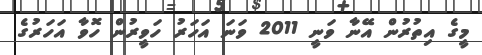
މީގެ އިތުރުން އޭނާ ވަނީ 2011 ވަނަ އަހަރު ހަވީރުން ހޮވާ އަހަރުގެ